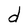
Character: d